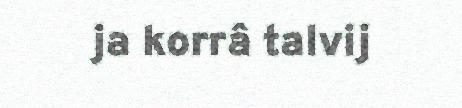
ja korrâ talvij